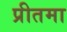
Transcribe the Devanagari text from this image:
प्रीतमा